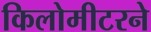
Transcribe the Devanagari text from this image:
किलोमीटरने